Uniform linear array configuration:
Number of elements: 12
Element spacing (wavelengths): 0.25
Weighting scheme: hamming
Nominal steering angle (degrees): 0
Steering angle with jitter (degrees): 1.254
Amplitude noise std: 0.05
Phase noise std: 0.05

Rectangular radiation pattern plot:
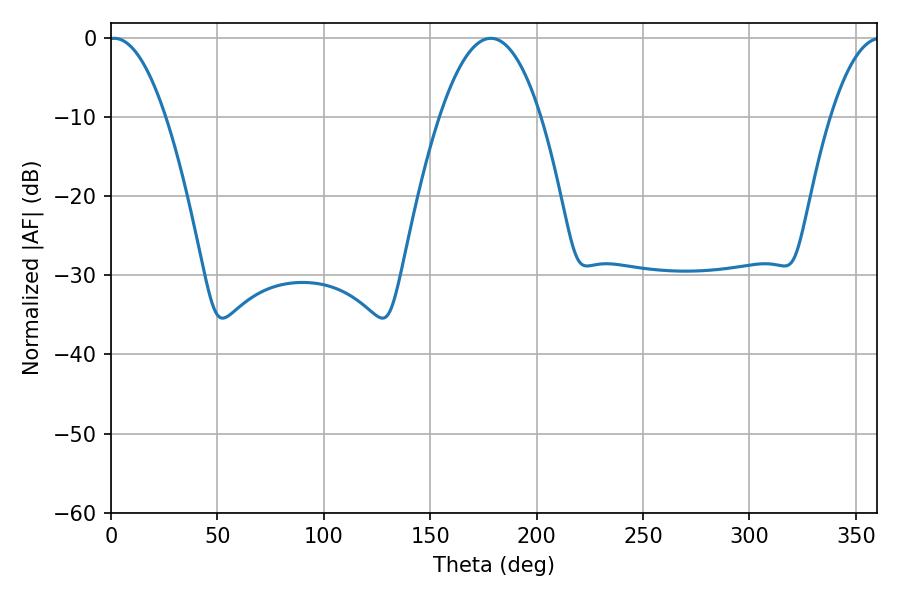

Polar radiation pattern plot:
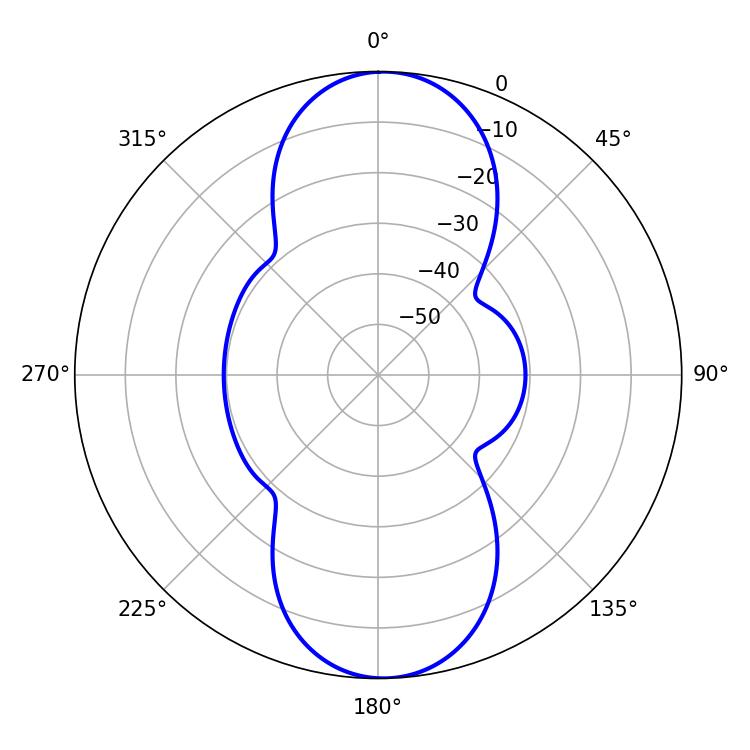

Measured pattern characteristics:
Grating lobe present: FALSE
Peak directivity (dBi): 18.549
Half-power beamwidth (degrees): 14.76
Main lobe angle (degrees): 1.44